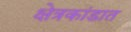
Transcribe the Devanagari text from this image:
क्षेत्रकांडात